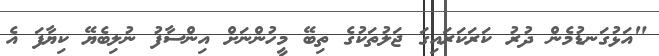
"އަޅުގަނޑުމެން ދުރު ކަރަކަރައިގަ ޖަލުތަކުގެ ތިބޭ މީހުންނަށް އިންސާފު ނުލިބެޔޭ ކިޔާފަ އެ